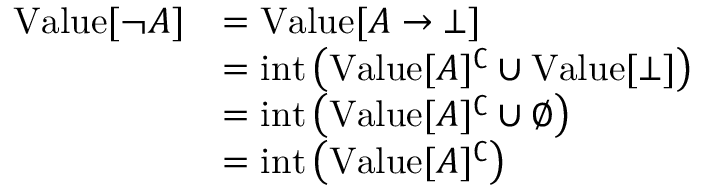
{ \begin{array} { r l } { { \mathrm { V a l u e } } [ \neg A ] } & { = { \mathrm { V a l u e } } [ A \to \bot ] } \\ & { = { \mathrm { i n t } } \left( { \mathrm { V a l u e } } [ A ] ^ { \complement } \cup { \mathrm { V a l u e } } [ \bot ] \right) } \\ & { = { \mathrm { i n t } } \left( { \mathrm { V a l u e } } [ A ] ^ { \complement } \cup \emptyset \right) } \\ & { = { \mathrm { i n t } } \left( { \mathrm { V a l u e } } [ A ] ^ { \complement } \right) } \end{array} }